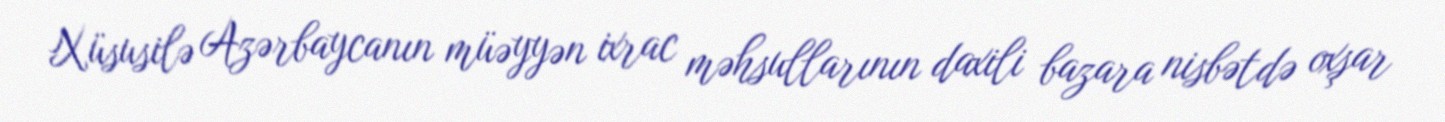
Xüsusilə Azərbaycanın müəyyən ixrac məhsullarının daxili bazara nisbətdə oxşar